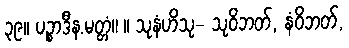
၃၉။ ပဉ္စာဒီန.မတ္တံ။ ။ သုနံဟိသု- သုဝိဘတ်, နံဝိဘတ်,